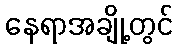
နေရာအချို့တွင်